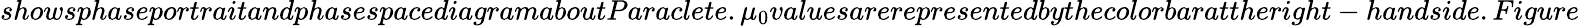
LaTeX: showsphaseportraitandphasespacediagramaboutParaclete.\mu_{0}valuesarerepresentedbythecolorbarattheright-handside.Figure